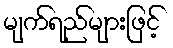
မျက်ရည်များဖြင့်